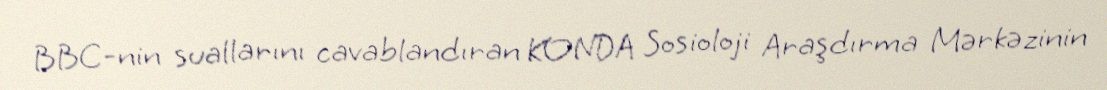
BBC-nin suallarını cavablandıran KONDA Sosioloji Araşdırma Mərkəzinin